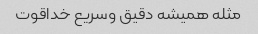
مثله همیشه دقیق وسریع خداقوت